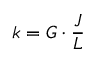
k = G \cdot { \frac { J } { L } }